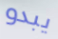
يبدو